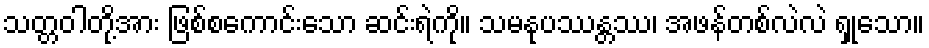
သတ္တဝါတို့အား ဖြစ်စကောင်းသော ဆင်းရဲကို။ သမနုပဿန္တဿ၊ အဖန်တစ်လဲလဲ ရှုသော။